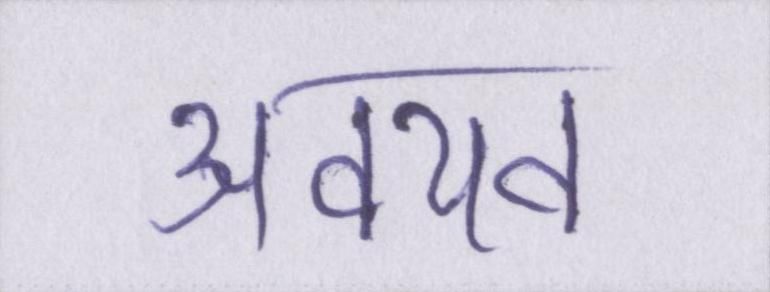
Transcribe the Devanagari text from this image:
अवयव